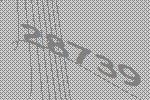
28739